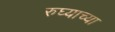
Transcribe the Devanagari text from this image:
रुघ्याच्या